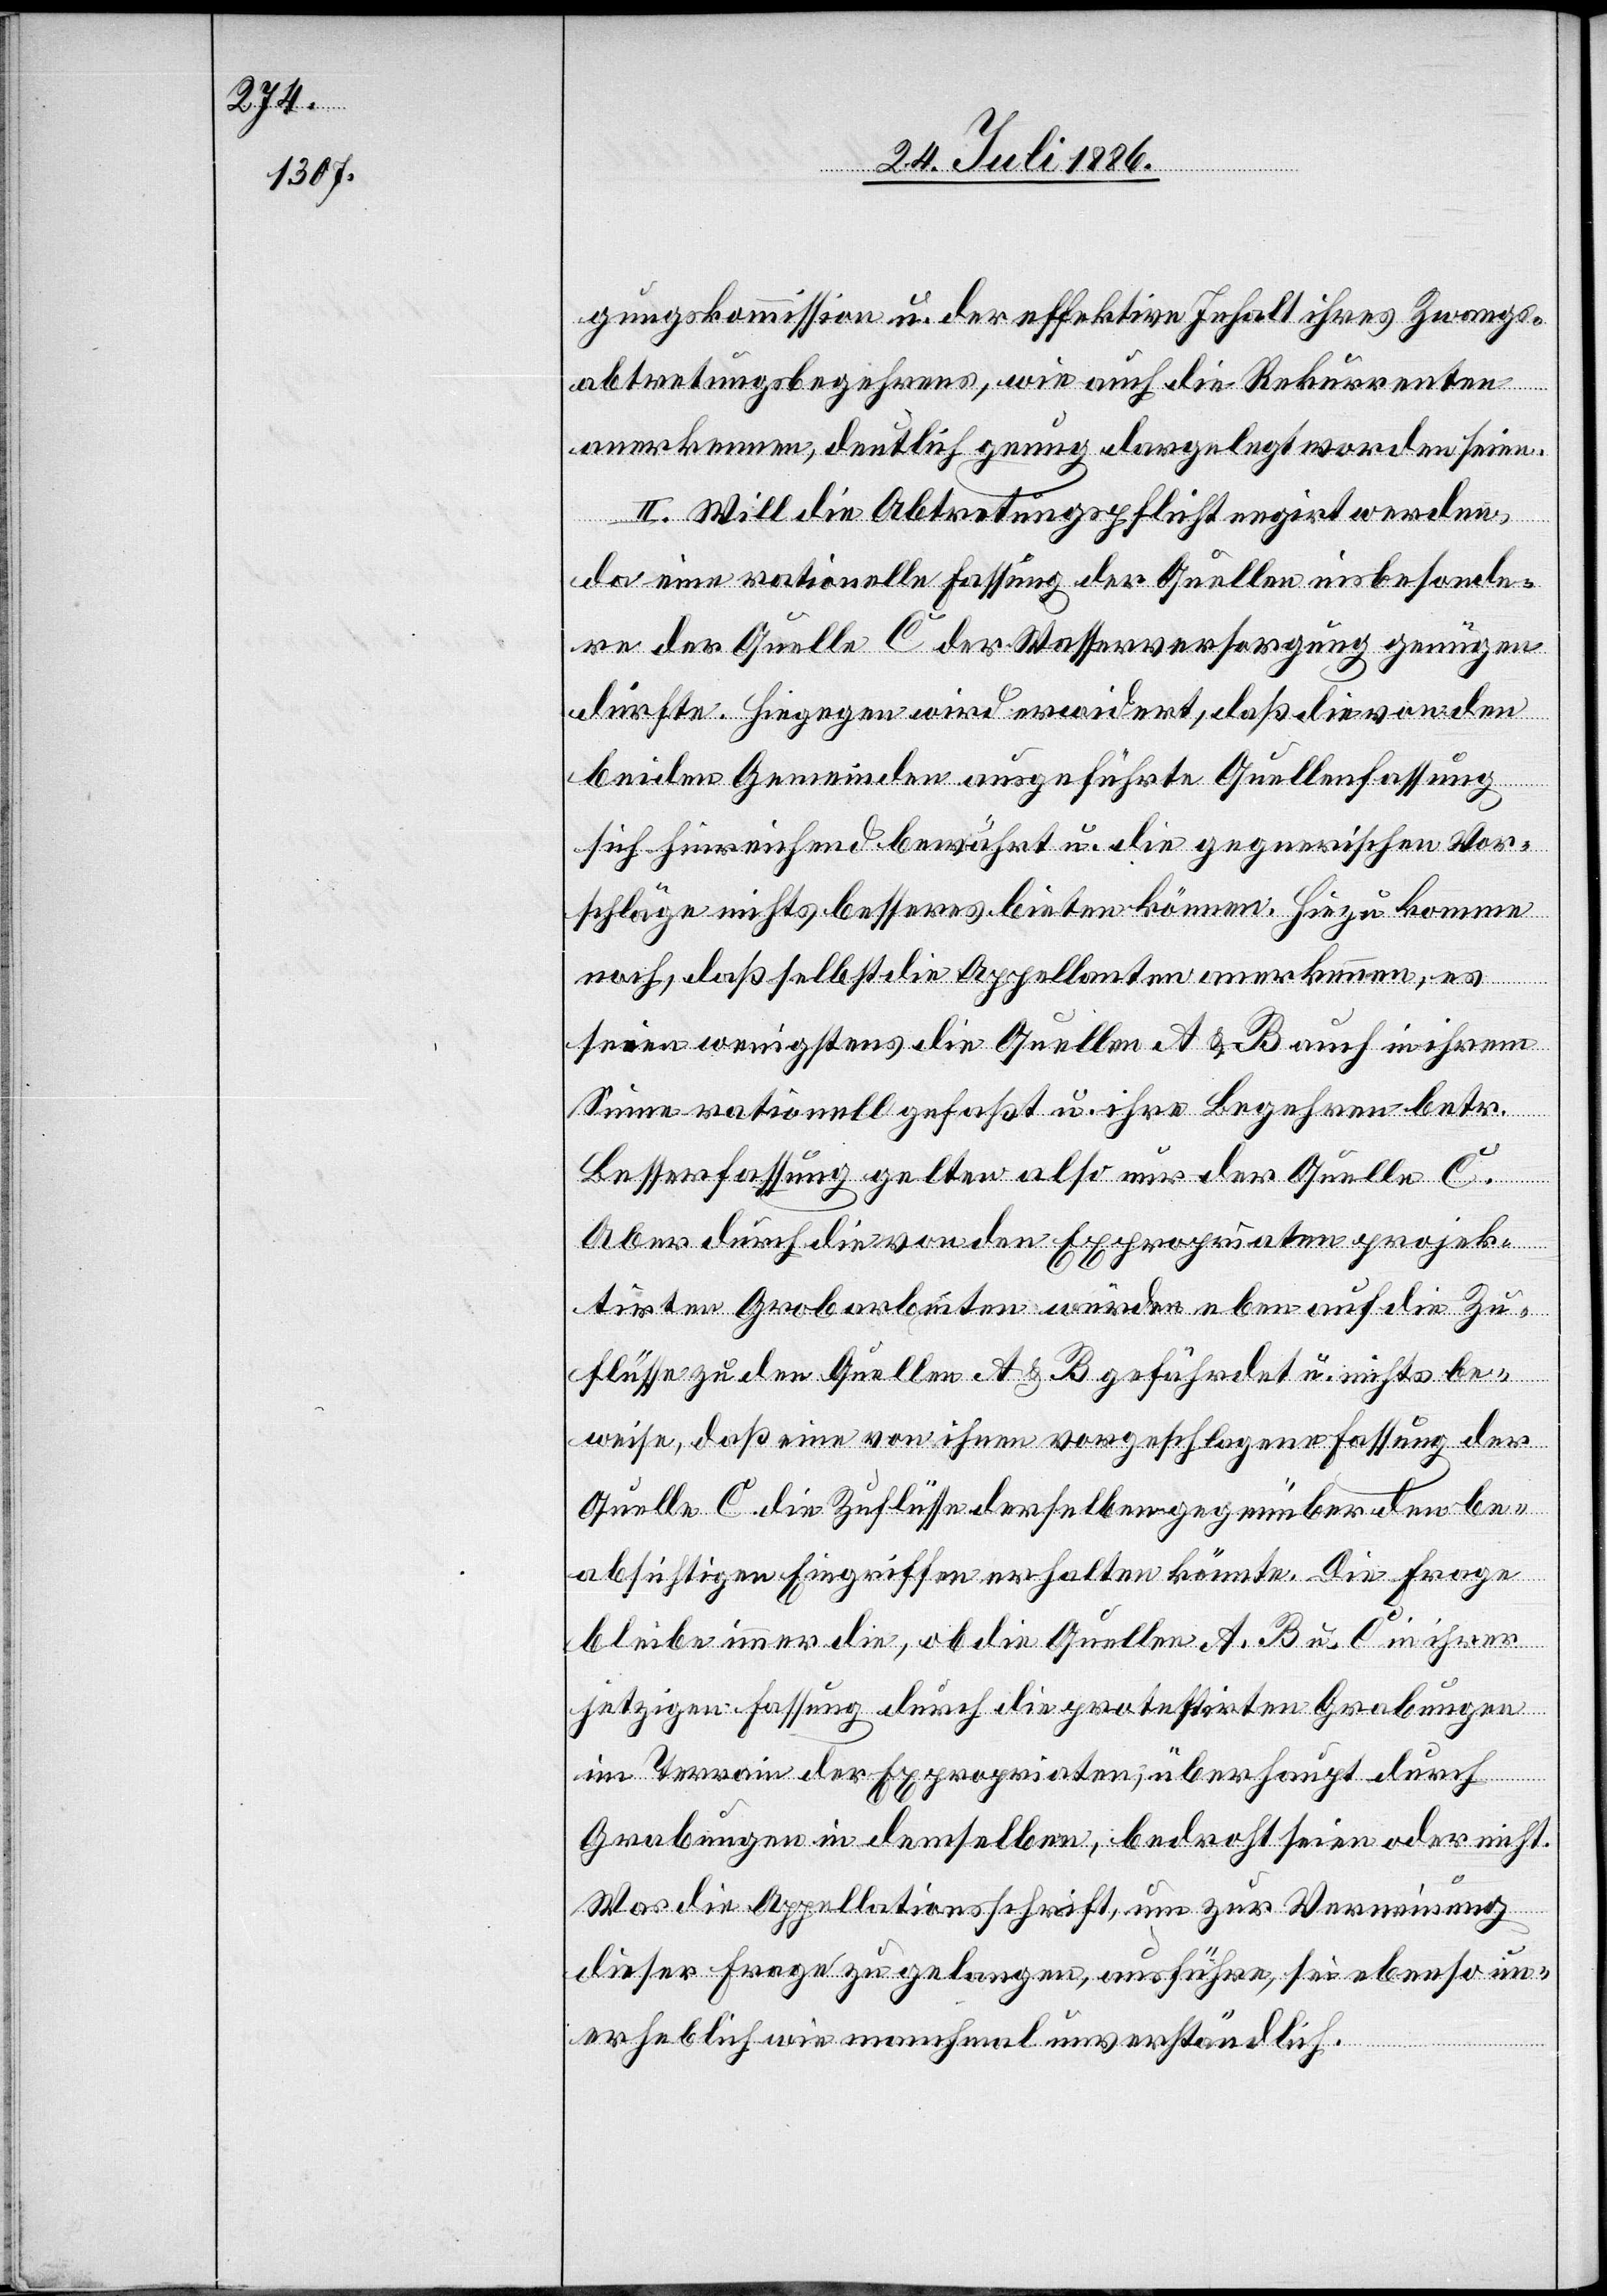
ch] die

gungskommission u. der effektive Inhalt ihres Zwangs¬
abtretungsbegehrens, wie auch die Rekurrenten
anerkennen, deutlich genug dargelegt worden seien.
II. Will die Abtretungspflicht negirt werden,
da eine rationelle Fassung der Quellen insbesonde¬
re der Quelle C der Wasserversorgung genügen
dürfte. Hiegegen wird erwidert, daß die von den
beiden Gemeinden angeführte Quellenfassung
sich hinreichend bewährt u. die gegnerischen Vor¬
schläge nichts besseres bieten können. Hiezu komme
noch, daß selbst die Appellanten anerkennen, es
Zu¬
seien wenigstens die Quellen A & B auch in ihrem
Sinne rationell gefaßt u. ihre Begehren betr.
Besserfassung gelten also nur der Quelle C.
Aber durch die von den Expropriationen projek¬
tirten Grobarbeiten würden eben auf [recte: au¬
flüsse zu den Quellen A & B gefährdet u. nichts be¬
weise, daß eine von ihnen vorgeschlagene Fassung der
Quelle C die Zuflüsse derselben gegenüber den be¬
absichtigten Eingriffen erhalten könnte. Die Frage
bleibe immer die, ob die Quellen A, B u. C. in ihrer
jetzigen Fassung durch die protestirten Grabungen
im Terrain der Exproprianten, überhaupt durch
Grabungen in demselben, bedroht seien oder nicht.
Was die Appellationsschrift, um zur Verneinung
dieser Frage zu gelangen, ausführe, sei ebenso un¬
erheblich wie manchmal unverständlich.